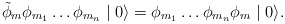
\begin{align*}\tilde{\phi}_{m} \phi_{m_{1}} \ldots \phi_{m_{n}}\mid 0 \rangle =\phi_{m_{1}} \ldots \phi_{m_{n}} \phi_{m} \mid 0 \rangle .\end{align*}